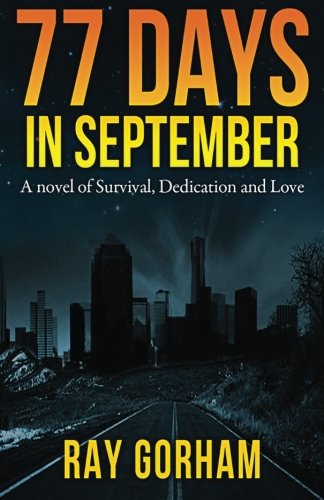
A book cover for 77 Days in September: A Novel of Survival, Dedication, and Love (The Kyle Tait Series) (Volume 1); Ray Gorham; Science Fiction & Fantasy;